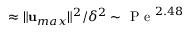
\approx \| \mathbf { u } _ { m a x } \| ^ { 2 } / \delta ^ { 2 } \sim \mathrm { ~ P ~ e ~ } ^ { 2 . 4 8 }